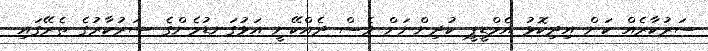
ސަރުކާރެއް ކަން އިދިކޮޅު އެމްޑީޕީ ކުދިންނަށް ވެސް ދެއްކޭނީ އަޅުގަނޑުމެންގެ ސަރުކާރުގެ ތެރޭގައި